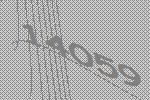
14059